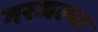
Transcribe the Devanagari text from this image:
गरजल्या